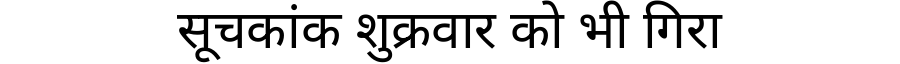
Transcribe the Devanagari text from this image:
सूचकांक शुक्रवार को भी गिरा